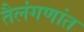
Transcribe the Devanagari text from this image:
तैलंगणांत